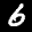
Label: 6